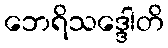
ဘေရိသဒ္ဒေါတိ